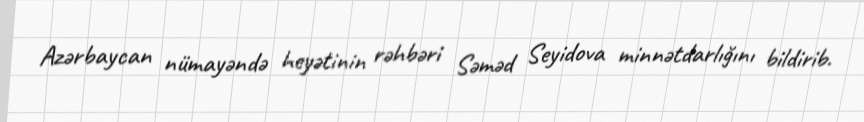
Azərbaycan nümayəndə heyətinin rəhbəri Səməd Seyidova minnətdarlığını bildirib.